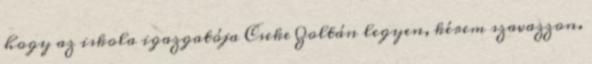
hogy az iskola igazgatója Cseke Zoltán legyen, kérem szavazzon.